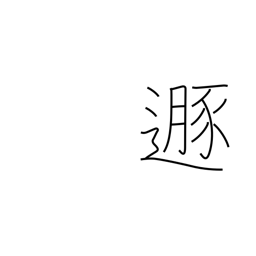
Meaning: flee